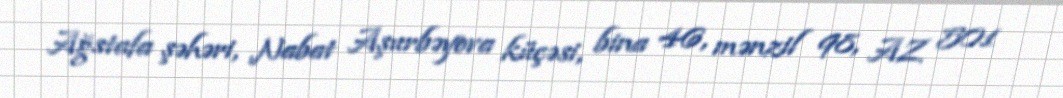
Ağstafa şəhəri, Nabat Aşurbəyova küçəsi, bina 46, mənzil 98, AZ 501